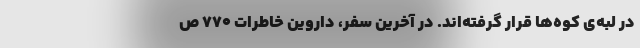
در لبه‌ی کوه‌ها قرار گرفته‌اند. در آخرین سفر، داروین خاطرات ۷۷۰ ص